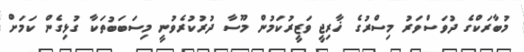
މުބާރަކްގެ ދުވަސްވަރު މިސްރުގެ ޚާރިޖީ ވަޒީރުކަމުން މޫސާ ދުރުކުރެވުނީ މިސަބަބުތަކާ ގުޅިގެން ކަމަށް